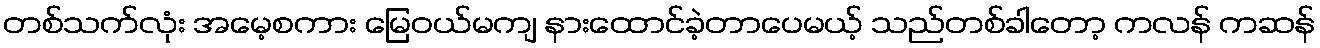
တစ်သက်လုံး အမေ့စကား မြေဝယ်မကျ နားထောင်ခဲ့တာပေမယ့် သည်တစ်ခါတော့ ကလန် ကဆန်